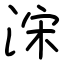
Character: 浨